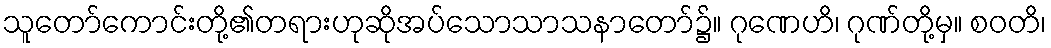
သူတော်ကောင်းတို့၏တရားဟုဆိုအပ်သောသာသနာတော်၌။ ဂုဏေဟိ၊ ဂုဏ်တို့မှ။ စဝတိ၊